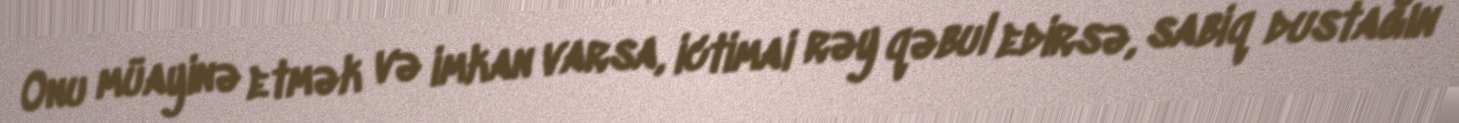
Onu müayinə etmək və imkan varsa, ictimai rəy qəbul edirsə, sabiq dustağın